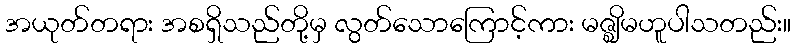
အယုတ်တရား အစရှိသည်တို့မှ လွတ်သောကြောင့်ကား မဇ္ဈိမဟူပါသတည်း။